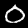
Digit: 0